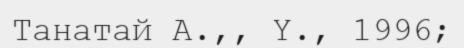
Танатай А.,, Ү., 1996;